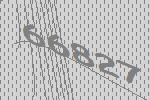
66827